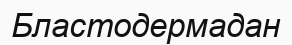
Бластодермадан